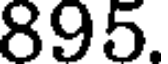
895.